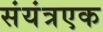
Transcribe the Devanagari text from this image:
संयंत्रएक